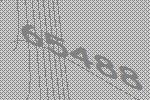
65488